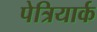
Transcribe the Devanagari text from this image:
पेत्रियार्क